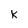
Character: k